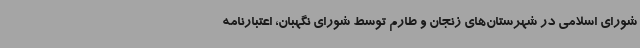
شورای اسلامی در شهرستان‌های زنجان و طارم توسط شورای نگهبان، اعتبارنامه